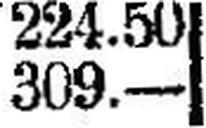
309.—